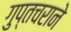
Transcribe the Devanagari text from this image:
गुप्तचराने